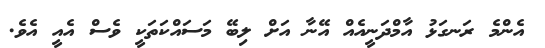
އެންމެ ރަނގަޅު އާމްދަނީއެއް އޭނާ އަށް ލިބޭ މަސައްކަތަކީ ވެސް އެއީ އެވެ.